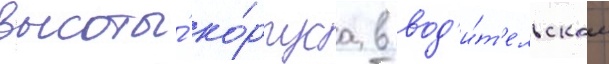
высоты́ ко́рпуса в вод'и́т'ельском